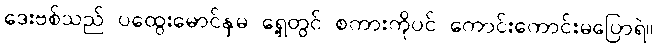
ဒေးဗစ်သည် ပထွေးမောင်နှမ ရှေ့တွင် စကားကိုပင် ကောင်းကောင်းမပြောရဲ။